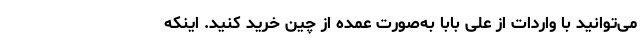
می‌توانید با واردات از علی بابا به‌صورت عمده از چین خرید کنید. اینکه